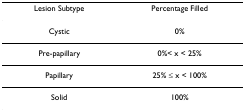
<table><thead><tr><td><b>Lesion Subtype</b></td><td><b>Percentage Filled</b></td></tr></thead><tbody><tr><td>Cystic</td><td>0%</td></tr><tr><td>Pre-papillary</td><td>0%&lt; x &lt; 25%</td></tr><tr><td>Papillary</td><td>25% ≤ x &lt; 100%</td></tr><tr><td>Solid</td><td>100%</td></tr></tbody></table>